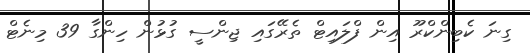
ގިނަ ކެބިންކްރޫ އިން ފްލައިޓް ތެރޭގައި ޖިންސީ ގުޅުން ހިންގާ 39 މިނެޓް